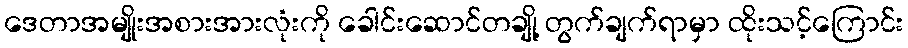
ဒေတာအမျိုးအစားအားလုံးကို ခေါင်းဆောင်တချို့ တွက်ချက်ရာမှာ ထိုးသင့်ကြောင်း